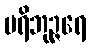
ပရိဘုဉ္ဇရေ